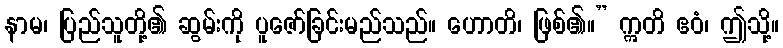
နာမ၊ ပြည်သူတို့၏ ဆွမ်းကို ပူဇော်ခြင်းမည်သည်။ ဟောတိ၊ ဖြစ်၏။” ဣတိ ဧဝံ၊ ဤသို့။